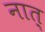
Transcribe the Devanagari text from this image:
नात्